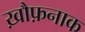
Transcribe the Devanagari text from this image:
ख़ौफ़नाक